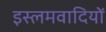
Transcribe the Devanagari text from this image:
इस्लमवादियों